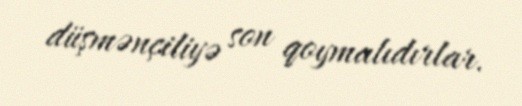
düşmənçiliyə son qoymalıdırlar.